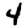
Digit: 4